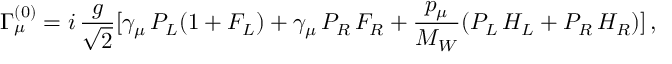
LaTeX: \Gamma _ { \mu } ^ { ( 0 ) } = i \, { \frac { g } { \sqrt { 2 } } } [ \gamma _ { \mu } \, P _ { L } ( 1 + F _ { L } ) + \gamma _ { \mu } \, P _ { R } \, F _ { R } + { \frac { p _ { \mu } } { M _ { W } } } ( P _ { L } \, H _ { L } + P _ { R } \, H _ { R } ) ] \, ,